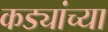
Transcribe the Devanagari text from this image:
कड्यांच्या